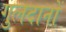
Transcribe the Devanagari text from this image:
गुलदानों